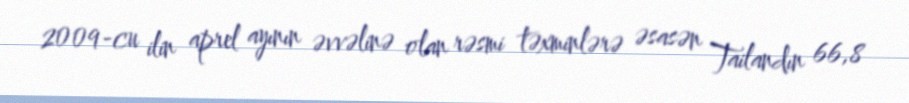
2009-cu ilin aprel ayının əvvəlinə olan rəsmi təxminlərə əsasən Tailandın 66,8